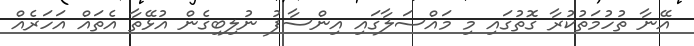
އޭނާ ތުހުމަތުކުރާ ގޮތުގައި މި މައްސަލާގައި އިންސާފު ނުލިބިގެން އުޅޭތާ އެތައް އަހަރެއް